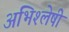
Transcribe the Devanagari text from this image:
अभिश्लेषी